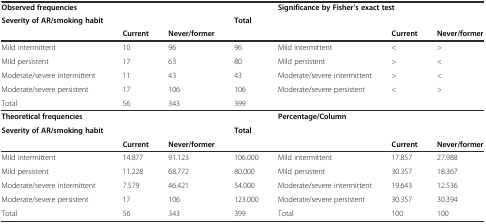
<table><thead><tr><td colspan="3"><b>Observed frequencies</b></td><td></td><td colspan="3"><b>Significance by Fisher’s exact test</b></td></tr><tr><td><b>Severity of AR/smoking habit</b></td><td></td><td></td><td><b>Total</b></td><td></td><td></td><td></td></tr><tr><td></td><td><b>Current</b></td><td><b>Never/former</b></td><td></td><td></td><td><b>Current</b></td><td><b>Never/former</b></td></tr></thead><tbody><tr><td>Mild intermittent</td><td>10</td><td>96</td><td>96</td><td>Mild intermittent</td><td>&lt;</td><td>&gt;</td></tr><tr><td>Mild persistent</td><td>17</td><td>63</td><td>80</td><td>Mild persistent</td><td>&gt;</td><td>&lt;</td></tr><tr><td>Moderate/severe intermittent</td><td>11</td><td>43</td><td>43</td><td>Moderate/severe intermittent</td><td>&gt;</td><td>&lt;</td></tr><tr><td>Moderate/severe persistent</td><td>17</td><td>106</td><td>106</td><td>Moderate/severe persistent</td><td>&lt;</td><td>&gt;</td></tr><tr><td>Total</td><td>56</td><td>343</td><td>399</td><td></td><td></td><td></td></tr><tr><td colspan="3"><b>Theoretical frequencies</b></td><td></td><td colspan="3"><b>Percentage/Column</b></td></tr><tr><td><b>Severity of AR/smoking habit</b></td><td></td><td></td><td><b>Total</b></td><td></td><td></td><td></td></tr><tr><td></td><td><b>Current</b></td><td><b>Never/former</b></td><td></td><td></td><td><b>Current</b></td><td><b>Never/former</b></td></tr><tr><td>Mild intermittent</td><td>14.877</td><td>91.123</td><td>106.000</td><td>Mild intermittent</td><td>17.857</td><td>27.988</td></tr><tr><td>Mild persistent</td><td>11.228</td><td>68.772</td><td>80.000</td><td>Mild persistent</td><td>30.357</td><td>18.367</td></tr><tr><td>Moderate/severe intermittent</td><td>7.579</td><td>46.421</td><td>54.000</td><td>Moderate/severe intermittent</td><td>19.643</td><td>12.536</td></tr><tr><td>Moderate/severe persistent</td><td>17</td><td>106</td><td>123.000</td><td>Moderate/severe persistent</td><td>30.357</td><td>30.394</td></tr><tr><td>Total</td><td>56</td><td>343</td><td>399</td><td>Total</td><td>100</td><td>100</td></tr></tbody></table>